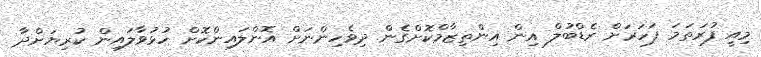
މިއީ ފުރަތަމަ ފަހަރަށް ރެޑްބުލް އިން އިންތިޒާމްކޮށްގެން ދިވެހިންނަށް އޮންލައިންކޮށް ހުޅުވާލައިން ކުރިޔަށްދާ